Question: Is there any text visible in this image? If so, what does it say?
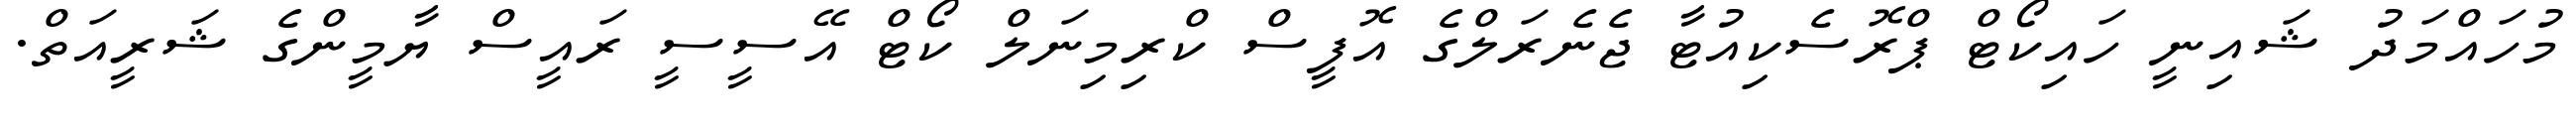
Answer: މުހައްމަދު ޝައިނީ ހައިކޯޓް ޕްރޮސެކިއުޓާ ޖެނެރަލްގެ އޮފީސް ކްރިމިނަލް ކޯޓް އޭސީސީ ރައީސް ޔާމީންގެ ޝަރީއަތް.